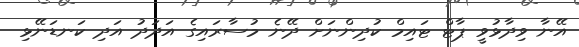
އޭނާ ވިދާޅުވީ ޕާޓް ޓައިމް ކުދިންނަށް ދޭނެ މުސާރައިގެ އަދަދު އަދި ކަނޑަނޭޅި